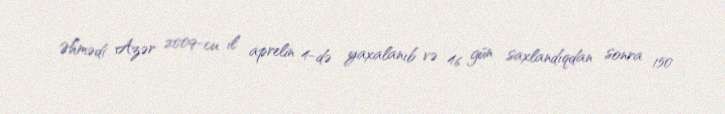
Əhmədi Azər 2009-cu il aprelin 4-də yaxalanıb və 46 gün saxlandıqdan sonra 150